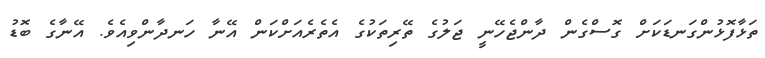
ތަޅާފޮޅުންގަނޑަކަށް ގޮސްގެން ދާންޖެހޭނީ ޖަލުގެ ތޭރިތަކުގެ އެތެރެއަށްކަން އޭނާ ހަނދާންވިއެވެ. އޭނާގެ ބޮޑު